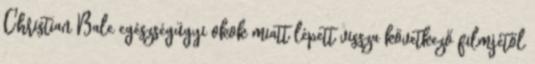
Christian Bale egészségügyi okok miatt lépett vissza következő filmjétől